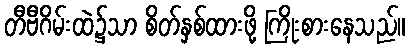
တီဗီဂိမ်းထဲ၌သာ စိတ်နှစ်ထားဖို့ ကြိုးစားနေသည်။